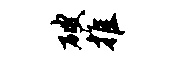
破推